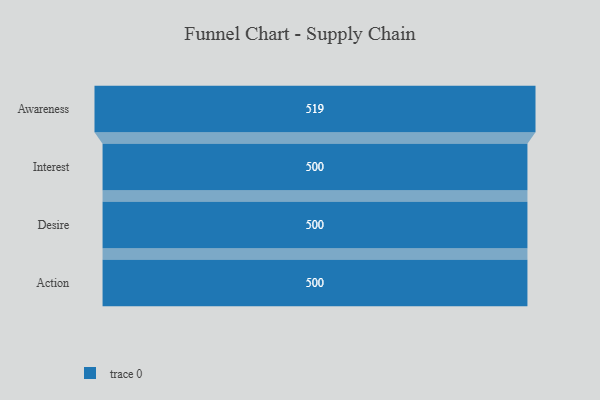
{"axis": {"x": "Stage", "y": "Value"}, "legend": [""], "data": [{"x": "Awareness", "y": 519.0, "type": ""}, {"x": "Interest", "y": 500, "type": ""}, {"x": "Desire", "y": 500, "type": ""}, {"x": "Action", "y": 500, "type": ""}]}